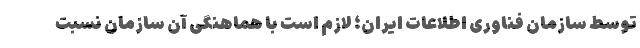
توسط سازمان فناوری اطلاعات ایران؛ لازم است با هماهنگی آن سازمان نسبت